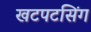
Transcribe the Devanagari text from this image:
खटपटसिंग